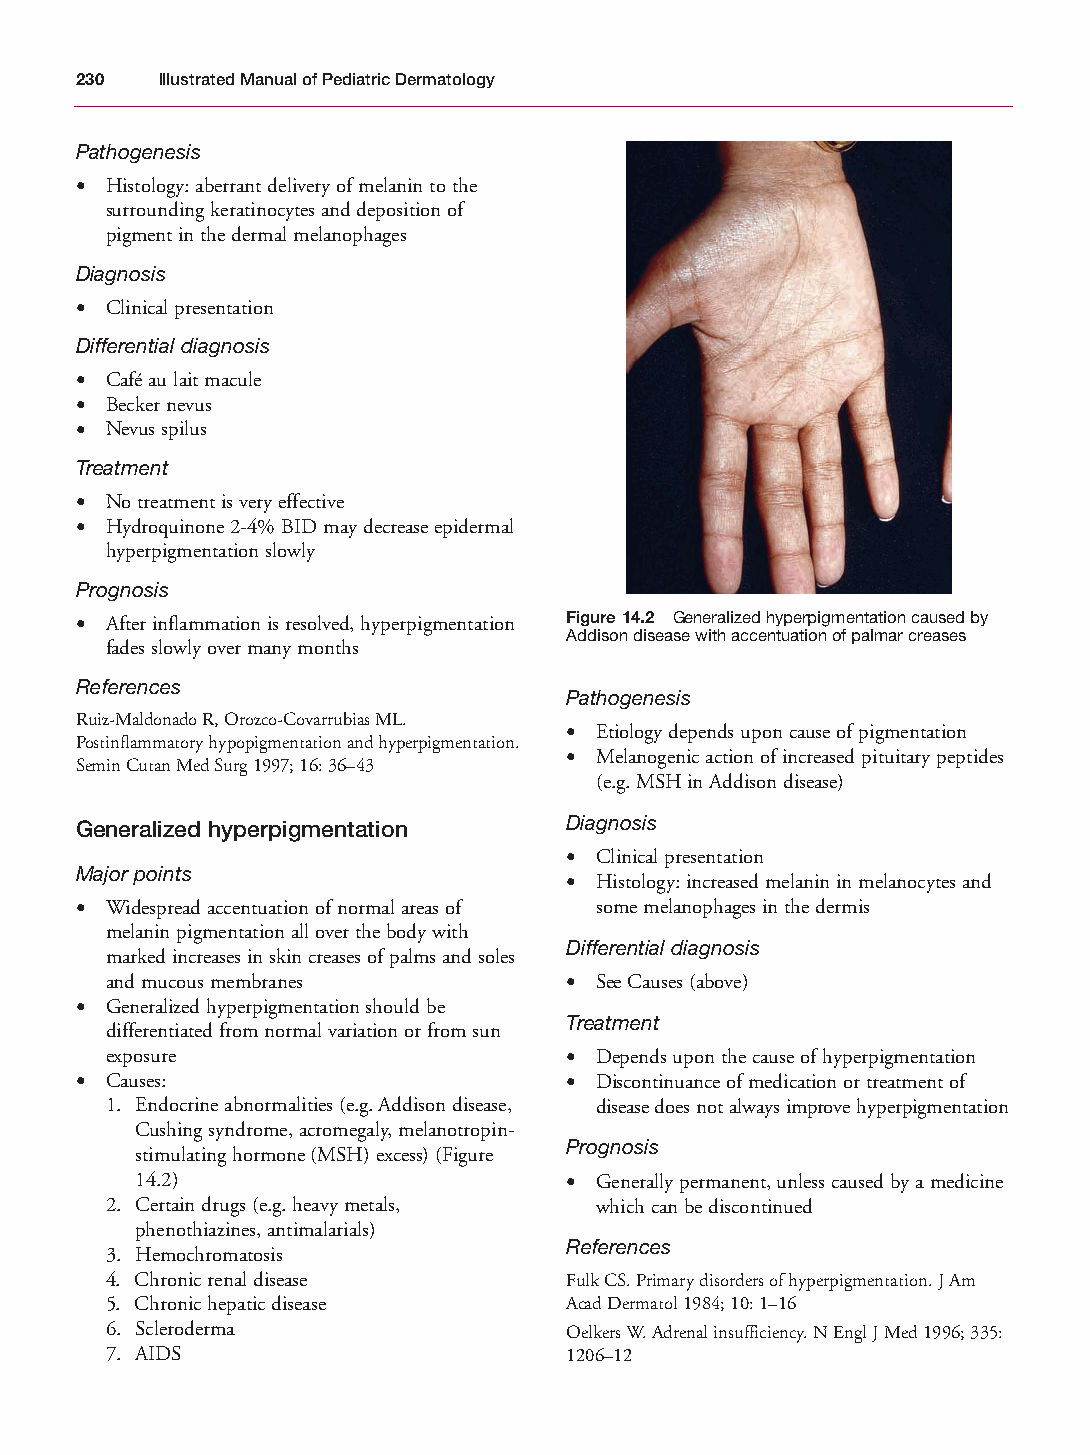
Mallory Chapter 14 27/1/05 2:30 pm Page 230
 230  Illustrated Manual of Pediatric Dermatology
 Pathogenesis
 • Histology: aberrant delivery of melanin to the
 surrounding keratinocytes and deposition of
 pigment in the dermal melanophages
 Diagnosis
 • Clinical presentation
 Differential diagnosis
 • Café au lait macule
 • Becker nevus
 • Nevus spilus
 Treatment
 • No treatment is very effective
 • Hydroquinone 2-4% BID may decrease epidermal
 hyperpigmentation slowly
 Prognosis
 • After inflammation is resolved, hyperpigmentation Figure 14.2 Generalized hyperpigmentation caused by
 Addison disease with accentuation of palmar creases
 fades slowly over many months
 References
 Pathogenesis
 Ruiz-Maldonado R, Orozco-Covarrubias ML.
 • Etiology depends upon cause of pigmentation
 Postinflammatory hypopigmentation and hyperpigmentation.
 • Melanogenic action of increased pituitary peptides
 Semin Cutan Med Surg 1997; 16: 36–43
 (e.g. MSH in Addison disease)
 Generalized hyperpigmentation   Diagnosis
 • Clinical presentation
 Major points
 • Histology: increased melanin in melanocytes and
 • Widespread accentuation of normal areas of some melanophages in the dermis
 melanin pigmentation all over the body with
 Differential diagnosis
 marked increases in skin creases of palms and soles
 and mucous membranes          • See Causes (above)
 • Generalized hyperpigmentation should be
 Treatment
 differentiated from normal variation or from sun
 exposure                      • Depends upon the cause of hyperpigmentation
 • Causes:                       • Discontinuance of medication or treatment of
 1. Endocrine abnormalities (e.g. Addison disease, disease does not always improve hyperpigmentation
 Cushing syndrome, acromegaly, melanotropin-
 Prognosis
 stimulating hormone (MSH) excess) (Figure
 14.2)                       • Generally permanent, unless caused by a medicine
 2. Certain drugs (e.g. heavy metals, which can be discontinued
 phenothiazines, antimalarials)
 References
 3. Hemochromatosis
 4. Chronic renal disease      Fulk CS. Primary disorders of hyperpigmentation. J Am
 5. Chronic hepatic disease    Acad Dermatol 1984; 10: 1–16
 6. Scleroderma                Oelkers W. Adrenal insufficiency. N Engl J Med 1996; 335:
 7. AIDS                       1206–12